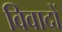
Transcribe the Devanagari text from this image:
विवादों